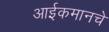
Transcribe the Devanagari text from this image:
आईकमानचे